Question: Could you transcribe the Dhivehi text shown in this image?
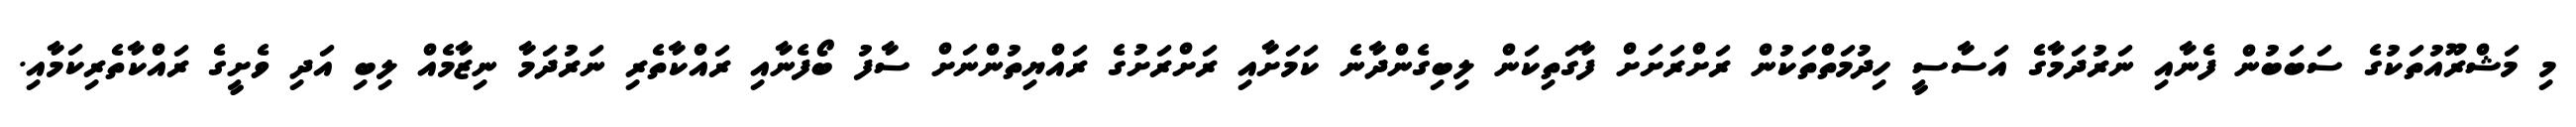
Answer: މި މަޝްރޫއުތަކުގެ ސަބަބުން ފެނާއި ނަރުދަމާގެ އަސާސީ ހިދުމަތްތަކުން ރަށްރަށަށް ފާގަތިކަން ލިބިގެންދާނެ ކަމަށާއި ރަށްރަށުގެ ރައްޔިތުންނަށް ސާފު ބޯފެނާއި ރައްކާތެރި ނަރުދަމާ ނިޒާމެއް ލިބި އަދި ވެށީގެ ރައްކާތެރިކަމާއި.